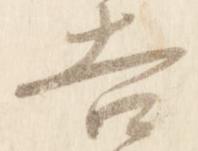
吉